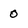
Character: 0